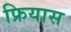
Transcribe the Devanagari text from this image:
फ्रियास